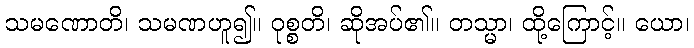
သမဏောတိ၊ သမဏဟူ၍။ ဝုစ္စတိ၊ ဆိုအပ်၏။ တသ္မာ၊ ထို့ကြောင့်။ ယော၊